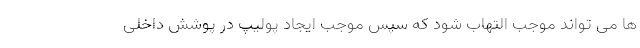
ها می تواند موجب التهاب شود که سپس موجب ایجاد پولیپ در پوشش داخلی